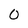
Character: 0